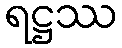
ရဋ္ဌဿ